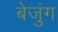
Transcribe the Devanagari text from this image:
बेजुंग